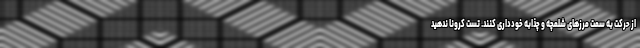
از حرکت به سمت مرزهای شلمچه و چذابه خودداری کنند. تست کرونا ندهید